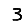
Digit: 3